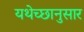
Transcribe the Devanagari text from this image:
यथेच्छानुसार